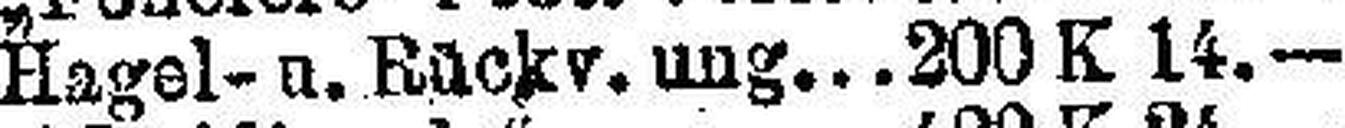
Hagel- u. Rückv. ung 200 K 14.—